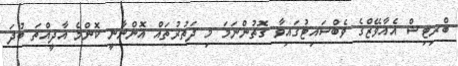
ބްރިޓިޝް އެއާވޭޒްގެ ވެބްސައިޓުގައިވާ ގޮތުންނަމަ މި ދަތުރުތައް އޮންނާނީ ކޮންމެ އާދީއްތަ ބުދަ